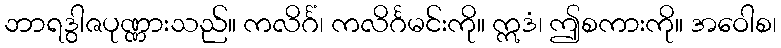
ဘာရဒွါဇပုဏ္ဏားသည်။ ကလိင်္ဂံ၊ ကလိင်္ဂမင်းကို။ ဣဒံ၊ ဤစကားကို။ အဝေါစ၊